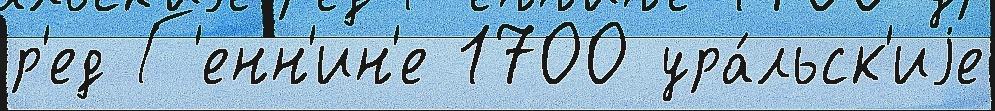
р'ед Г'енн'ин'е 1700 ура́льск'иjе